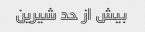
بیش از حد شیرین